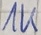
Text: 1K